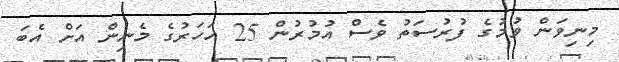
މިނިވަން ވުމުގެ ފުރުސަތު ވެސް އުމުރުން 25 އަހަރުގެ މެނިން އަށް އެބަ